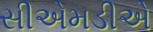
સીએમડીએ